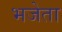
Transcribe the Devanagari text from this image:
भजेता